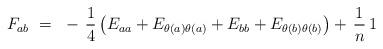
LaTeX: \begin{align*} F_{ab}~=~- \, {1 \over 4} \left( E_{aa} + E_{\theta(a)\theta(a)} + E_{bb} + E_{\theta(b)\theta(b)} \right) + \, {1 \over n} \, 1\end{align*}